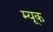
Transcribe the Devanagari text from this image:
म्यूक